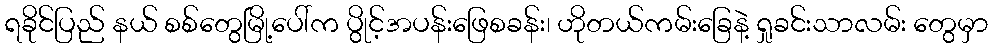
ရခိုင်ပြည် နယ် စစ်တွေမြို့ပေါ်က ပွိုင့်အပန်းဖြေစခန်း၊ ဟိုတယ်ကမ်းခြေနဲ့ ရှုခင်းသာလမ်း တွေမှာ